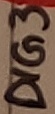
Text: DIG 3